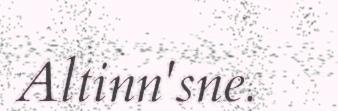
Altinn'sne.